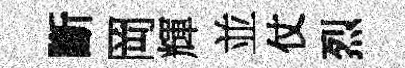
斷岡輝並仗烈